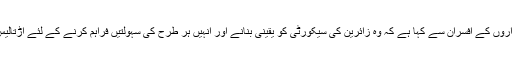
انہوں نے پاکستانی وزارت داخلہ کے عہدیداروں اور سیکورٹی اداروں کے افسران سے کہا ہے کہ وہ زائرین کی سیکورٹی کو یقینی بنانے اور انہیں ہر طرح کی سہولتیں فراہم کرنے کے لئے اڑتالیس گھنٹے کے اندر اندر نیا روڈ میپ اور حکمت عملی تیار کرلیں۔